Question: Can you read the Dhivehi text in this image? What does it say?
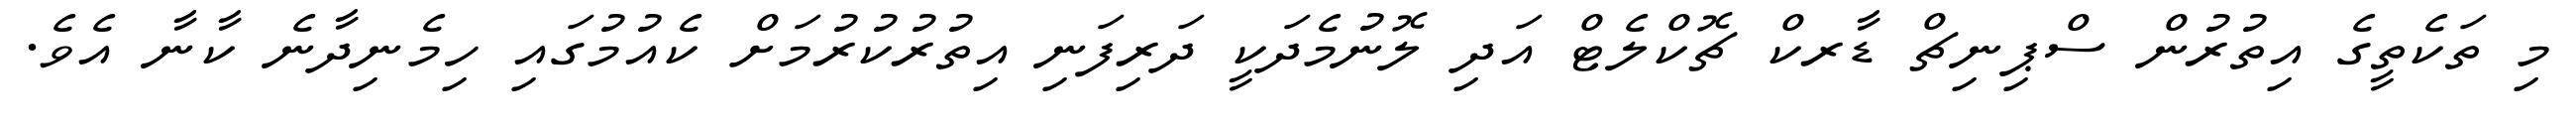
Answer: މި ތަކެތީގެ އިތުރުން ސްޕިނިޗް ޑާރކް ޗޮކްލެޓް އަދި ލޮނުމެދަކީ ދަރިފަނި އިތުރުކުރުމަށް ކެއުމުގައި ހިމެނިދާނެ ކާނާ އެވެ.